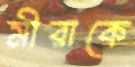
মীরাকে